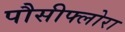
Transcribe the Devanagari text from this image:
पौसीफ्लोरा